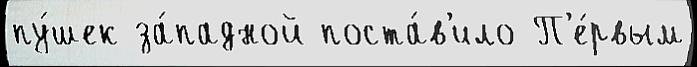
пу́шек за́падной поста́в'ило П'е́рвым